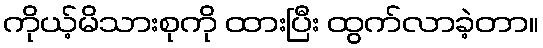
ကိုယ့်မိသားစုကို ထားပြီး ထွက်လာခဲ့တာ။